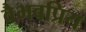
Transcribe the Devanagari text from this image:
वैभवप्रिय